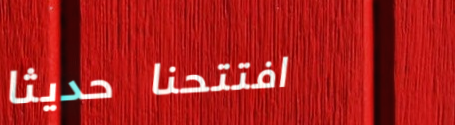
افتتحنا حديثاً